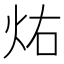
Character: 𪸚